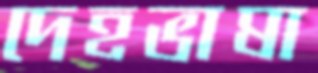
দেহভাষা